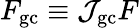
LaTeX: F_{\mathrm{gc}}\equiv{\cal J}_{\mathrm{gc}}F